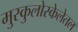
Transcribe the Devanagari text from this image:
मुस्कुलोस्केलेतल